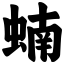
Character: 蝻